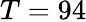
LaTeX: T=94